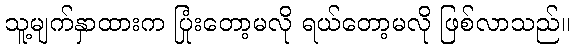
သူ့မျက်နှာထားက ပြုံးတော့မလို ရယ်တော့မလို ဖြစ်လာသည်။